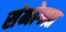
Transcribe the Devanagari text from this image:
संभोगात